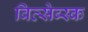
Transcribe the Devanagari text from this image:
वित्सेब्स्क